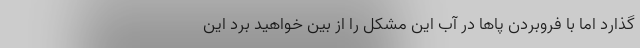
گذارد اما با فروبردن پاها در آب این مشکل را از بین خواهید برد این